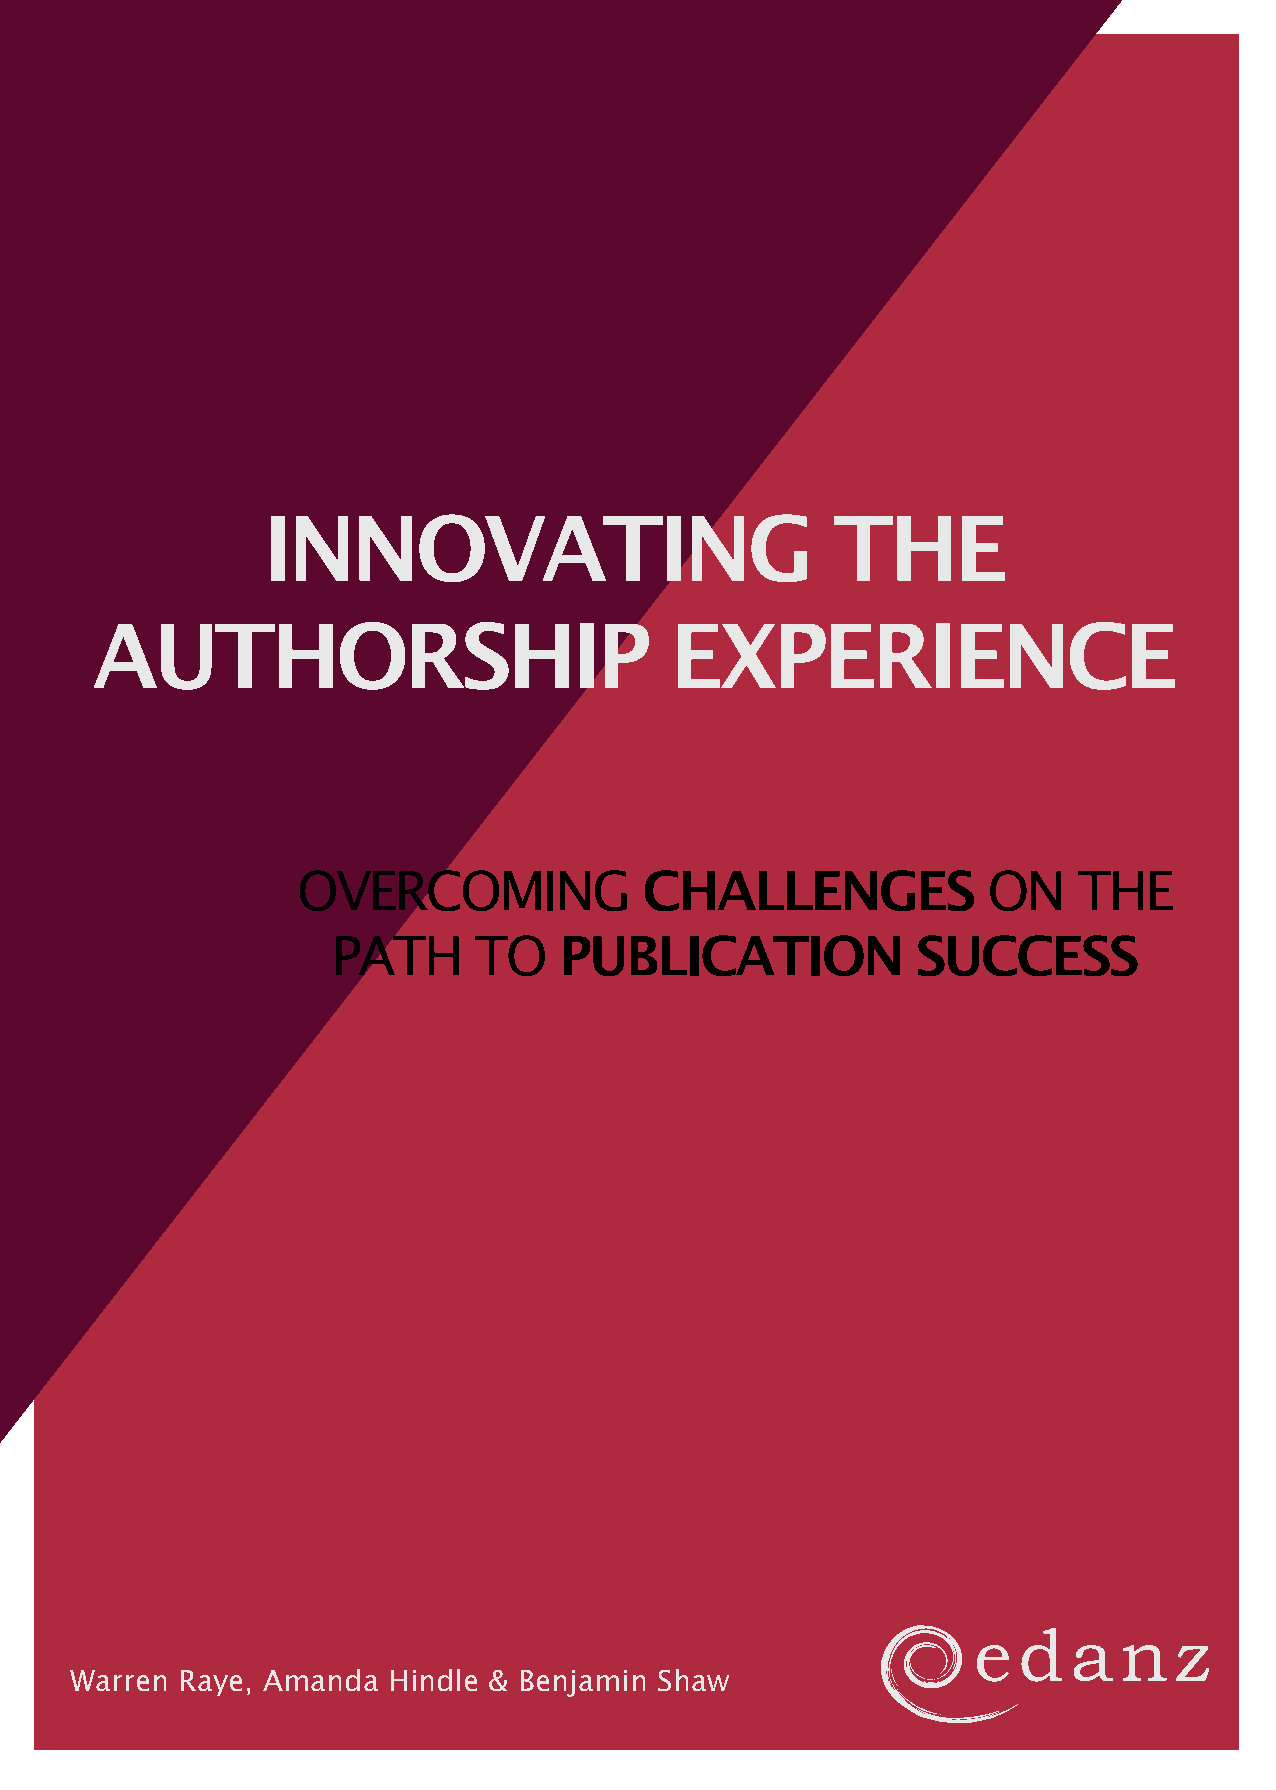
INNOVATING                            THE
 AUTHORSHIP                            EXPERIENCE
 OVERCOMING             CHALLENGES             ON    THE
 PATH     TO    PUBLICATION             SUCCESS
 e  d   a  n   z
 Warren Raye, Amanda  Hindle & Benjamin Shaw